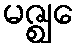
မဇ္ဈေ